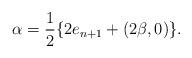
LaTeX: \begin{align*} \alpha = \frac{1}{2}\{2e_{n+1} + (2\beta,0)\}. \end{align*}